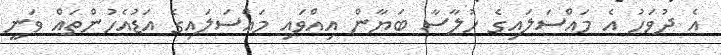
އެ ދުވަހު އެ މައްސަލައިގެ ހުލާސާ ބަޔާން އިއްވައި މައްސަލައިގެ އަޑުއެހުންތައް ވަނީ